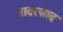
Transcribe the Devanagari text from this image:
मादरज़ाद